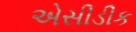
એસીડીક